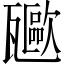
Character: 𤮥